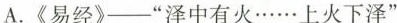
A.《易经》”泽中有火……上火下泽”